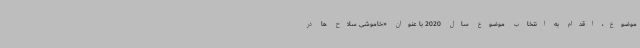
موضوع، اقدام به انتخاب موضوع سال 2020 با عنوان «خاموشی سلاح ها در